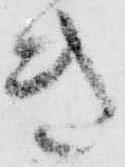
き